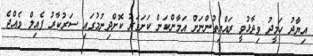
އިޔާދު ހަމީދު ވިދާޅުވީ ރައްޔިތުންނަށް އަމާންކަން ކަށަވަރު ކޮށްދިނުމުގައި ސަރުކާރު ފެއިލް ވެއްޖެ